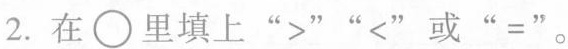
2. 在○里填上“>”“<”或“=”。